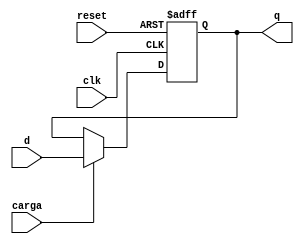
module ffdc #(parameter retardo = 1)(input wire clk, reset, carga, d, output reg q);
//reset asncrono, carga sncrona
always @(posedge clk, posedge reset)
  if (reset)
    q <= #retardo 1'b0; //asignacin no bloqueante q=0
  else
    if (carga)
      q <= #retardo d; //asignacin no bloqueante q=d
endmodule